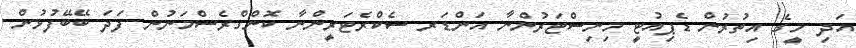
އަދި މީގެ އިތުރުން ޑެޕިއުޓީ މިނިސްޓަރުންނާ އަންޑަރ ސެކްރެޓަރީންނާ ކޮންގްރެސްމަނުން ފަދަ ބޭބޭފުޅުން